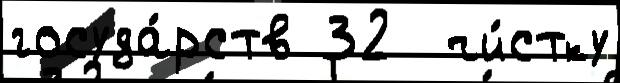
госуда́рств 32  чи́стку